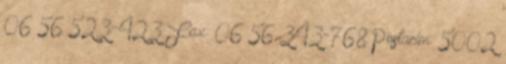
06 56 523-423 Fax: 06 56 343-768 Postacím: 5002